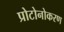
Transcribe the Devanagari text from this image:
प्रोटोनोकरण